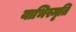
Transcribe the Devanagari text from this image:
याभिस्मृति